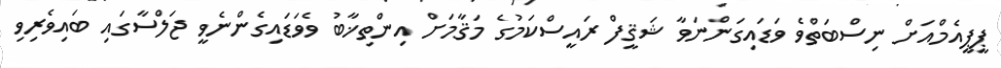
ޕީޕީއެމްއަށް ނިސްބަތްވެ ވަޑައިގަންނަވާ ޝަޤީފް ރައީސްކަމުގެ މަޤާމަށް އިންތިޚާބު ވެވަޑައިގެންނެވީ ޖަލްސާގައި ބައިވެރިވި